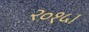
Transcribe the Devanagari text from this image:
२०१५।